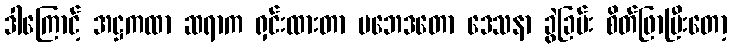
ဒါကြောင့် အဋ္ဌကထာ ဆရာက ရှင်းထားတာ ပဘေဒတော ဒေသနာ ခွဲခြမ်း စိတ်ဖြာပြီးတော့